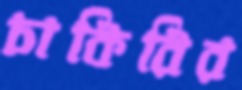
চাকিরির